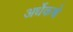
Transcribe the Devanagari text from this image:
अर्धेकच्चे